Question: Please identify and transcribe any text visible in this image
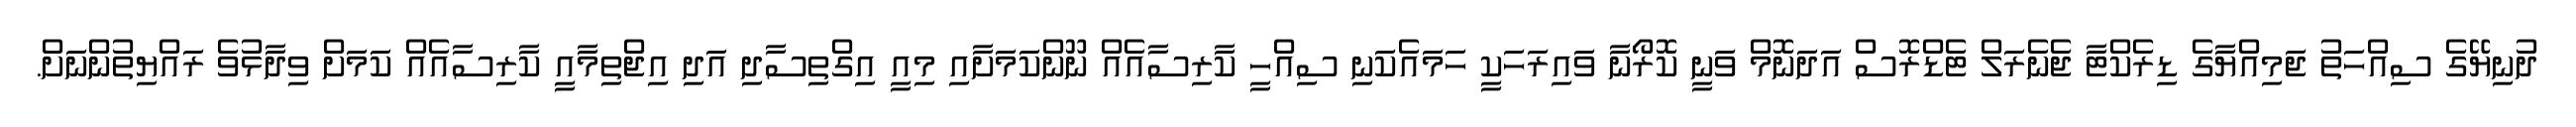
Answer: ދުނިޔޭގެ ސިއްހަތު ޖަމިއްޔާގެ ޑިރެކްޓާ ޖެނެރަލް ޓެޑްރޮސް އަދަނޮމް ވަނީ ކޮރޯނާ ވައިރަހަކީ ހަމައެކަނި ސިއްހީ ކާރިސާއެއް ނޫންކަމަށާއި މިއީ އިގްތިސާދި އަދި އިޖްތިމާއީ ކާރިސާއެއް ކަމަށް ވިދާޅުވެ ރައްޔިތުންނަށް.